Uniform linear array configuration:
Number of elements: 16
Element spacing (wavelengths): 1
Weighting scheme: hann
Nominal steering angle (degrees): -60
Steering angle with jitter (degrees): -60.125
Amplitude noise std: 0.05
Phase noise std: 0.05

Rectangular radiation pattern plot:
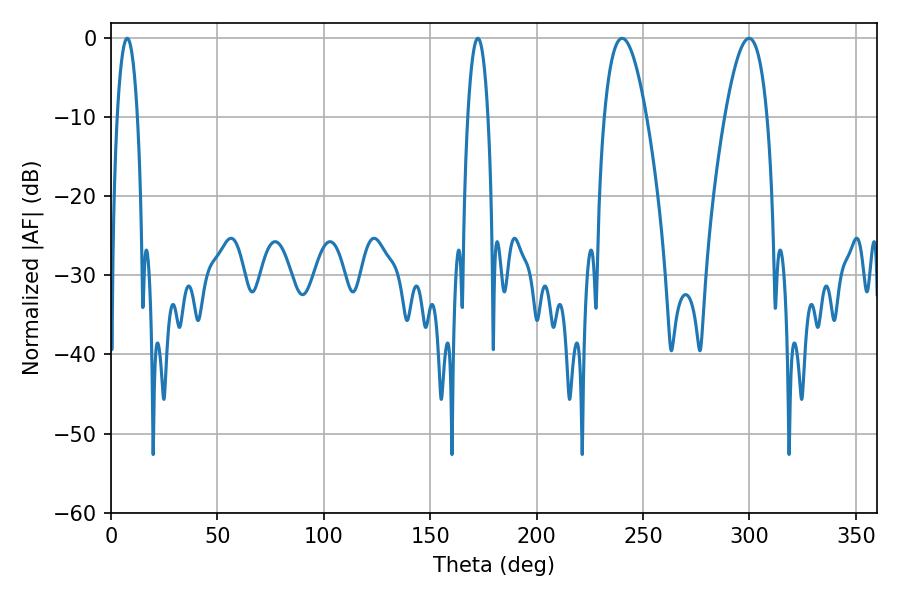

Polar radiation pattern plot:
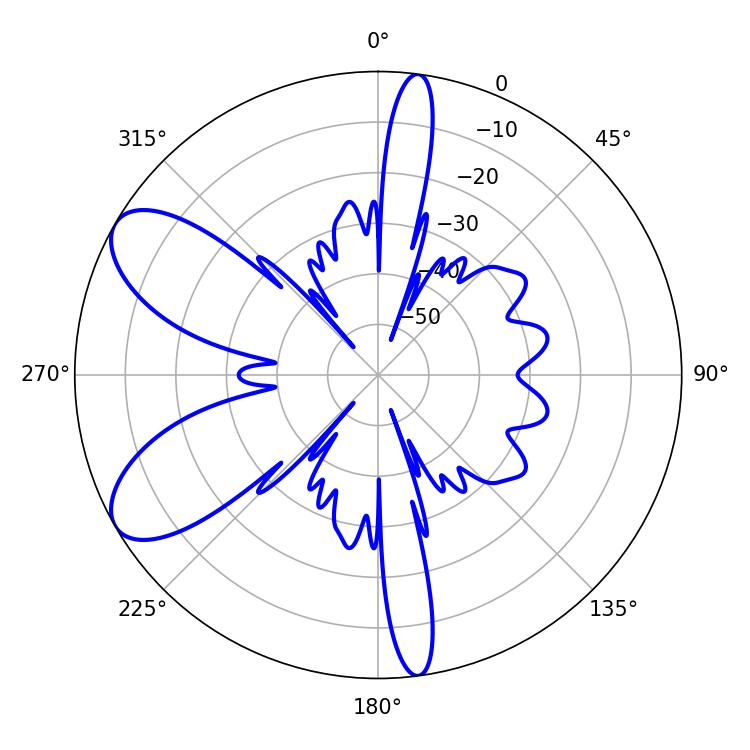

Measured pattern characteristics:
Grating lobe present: TRUE
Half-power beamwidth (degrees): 10.8
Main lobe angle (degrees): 240.12